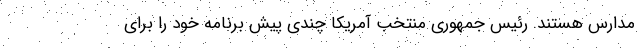
مدارس هستند. رئیس جمهوری منتخب آمریکا چندی پیش برنامه خود را برای